Annual administration report of the Civil Veterinary Department of India - 1898-1899
Year: 1898
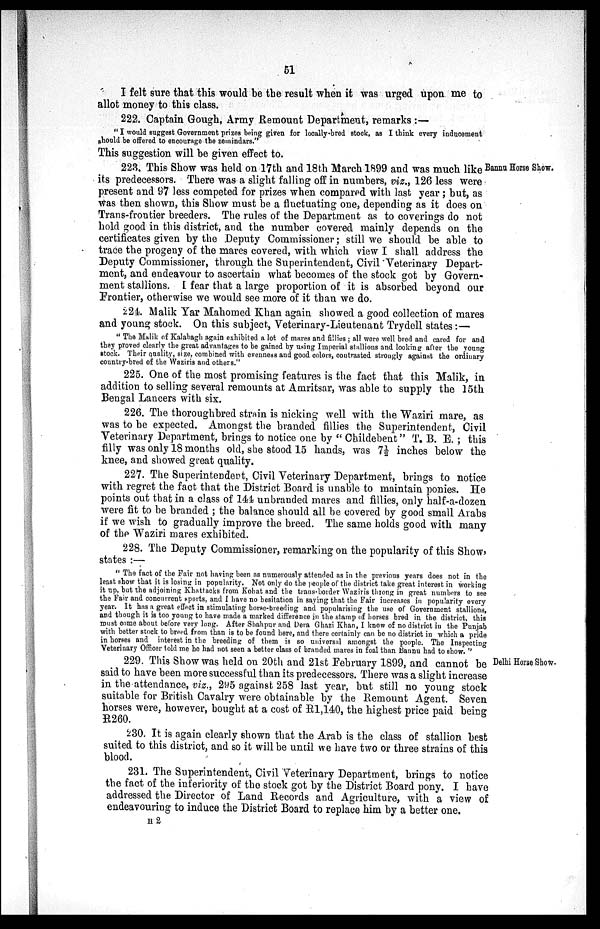
51
I felt sure that this would be the result when it was urged upon me to
allot money to this class.
222. Captain Gough, Army Remount Department, remarks:—
"I would suggest Government prizes being given for locally-bred stock, as I think every inducement
should be offered to encourage the zemindars."
This suggestion will be given effect to.
Bannu Horse Show.
223. This Show was held on 17th and 18th March 1899 and was much like
its predecessors. There was a slight falling off in numbers, viz., 126 less were
present and 97 less competed for prizes when compared with last year; but, as
was then shown, this Show must be a fluctuating one, depending as it does on
Trans-frontier breeders. The rules of the Department as to coverings do not
hold good in this district, and the number covered mainly depends on the
certificates given by the Deputy Commissioner; still we should be able to
trace the progeny of the mares covered, with which view I shall address the
Deputy Commissioner, through the Superintendent, Civil Veterinary Depart-
ment, and endeavour to ascertain what becomes of the stock got by Govern-
ment stallions. I fear that a large proportion of it is absorbed beyond our
Frontier, otherwise we would see more of it than we do.
224. Malik Yar Mahomed Khan again showed a good collection of mares
and young stock. On this subject, Veterinary-Lieutenant Trydell states:—
"The Malik of Kalabagh again exhibited a lot of mares and fillies; all were well bred and cared for and
they proved clearly the great advantages to be gained by using Imperial stallions and looking after the young
stock. Their quality, size, combined with evenness and good colors, contrasted strongly against the ordinary
country-bred of the Waziris and others."
225. One of the most promising features is the fact that this Malik, in
addition to selling several remounts at Amritsar, was able to supply the 15th
Bengal Lancers with six.
226. The thoroughbred strain is nicking well with the Waziri mare, as
was to be expected. Amongst the branded fillies the Superintendent, Civil
Veterinary Department, brings to notice one by "Childebent" T. B. E.; this
filly was only 18 months old, she stood 15 hands, was 7½ inches below the
knee, and showed great quality.
227. The Superintendent, Civil Veterinary Department, brings to notice
with regret the fact that the District Board is unable to maintain ponies. He
points out that in a class of 144 unbranded mares and fillies, only half-a-dozen
were fit to be branded; the balance should all be covered by good small Arabs
if we wish to gradually improve the breed. The same holds good with many
of the Waziri mares exhibited.
228. The Deputy Commissioner, remarking on the popularity of this Show,
states:—
"The fact of the Fair not having been as numerously attended as in the previous years does not in the
least show that it is losing in popularity. Not only do the people of the district take great interest in working
it up, but the adjoining Khattacks from Kohat and the trans-border Waziris throng in great numbers to see
the Fair and concurrent sports, and I have no hesitation in saying that the Fair increases in popularity every
year. It has a great effect in stimulating horse-breeding and popularising the use of Government stallions,
and though it is too young to have made a marked difference in the stamp of horses bred in the district, this
must come about before very long. After Shahpur and Dera Ghazi Khan, I know of no district in the Punjab
with better stock to breed from than is to be found here, and there certainly can be no district in which a pride
in horses and interest in the breeding of them is so universal amongst the people. The Inspecting
Veterinary Officer told me he had not seen a better class of branded mares in foal than Bannu had to show."
Delhi Horse Show.
229 This Show was held on 20th and 21st February 1899, and cannot be
said to have been more successful than its predecessors. There was a slight increase
in the attendance, viz., 295 against 258 last year, but still no young stock
suitable for British Cavalry were obtainable by the Remount Agent. Seven
horses were, however, bought at a cost of R1,140, the highest price paid being
R260.
230. It is again clearly shown that the Arab is the class of stallion best
suited to this district, and so it will be until we have two or three strains of this
blood.
231. The Superintendent, Civil Veterinary Department, brings to notice
the fact of the inferiority of the stock got by the District Board pony. I have
addressed the Director of Land Records and Agriculture, with a view of
endeavouring to induce the District Board to replace him by a better one.
H 2